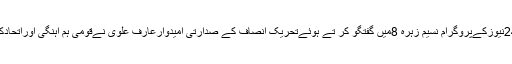
تفصیلات کے مطابق24نیوزکےپروگرام نسیم زہرہ 8میں گفتگو کر تے ہوئےتحریک انصاف کے صدارتی امیدوارعارف علوی نےقومی ہم آہنگی اوراتحادکی ضرورت پرزوردیا۔